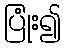
ပြုံး၍